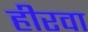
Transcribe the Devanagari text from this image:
हीरवा